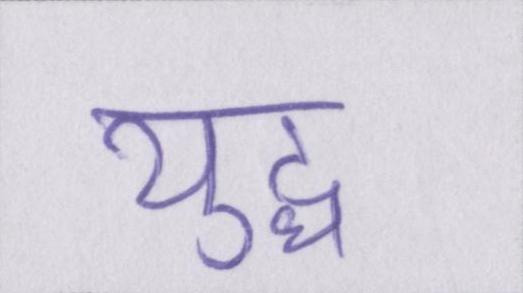
युद्ध